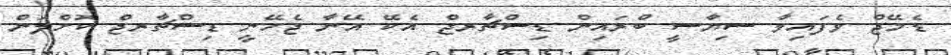
ޑެމޭޖް ވެފައިވާ ސިޔާސީ ބްރައިން ޑިސްޗާރޖް އެކޭ އޭނާ ޖެހޭނީ ޑިސްޗާރޖް ކޮށްލަން